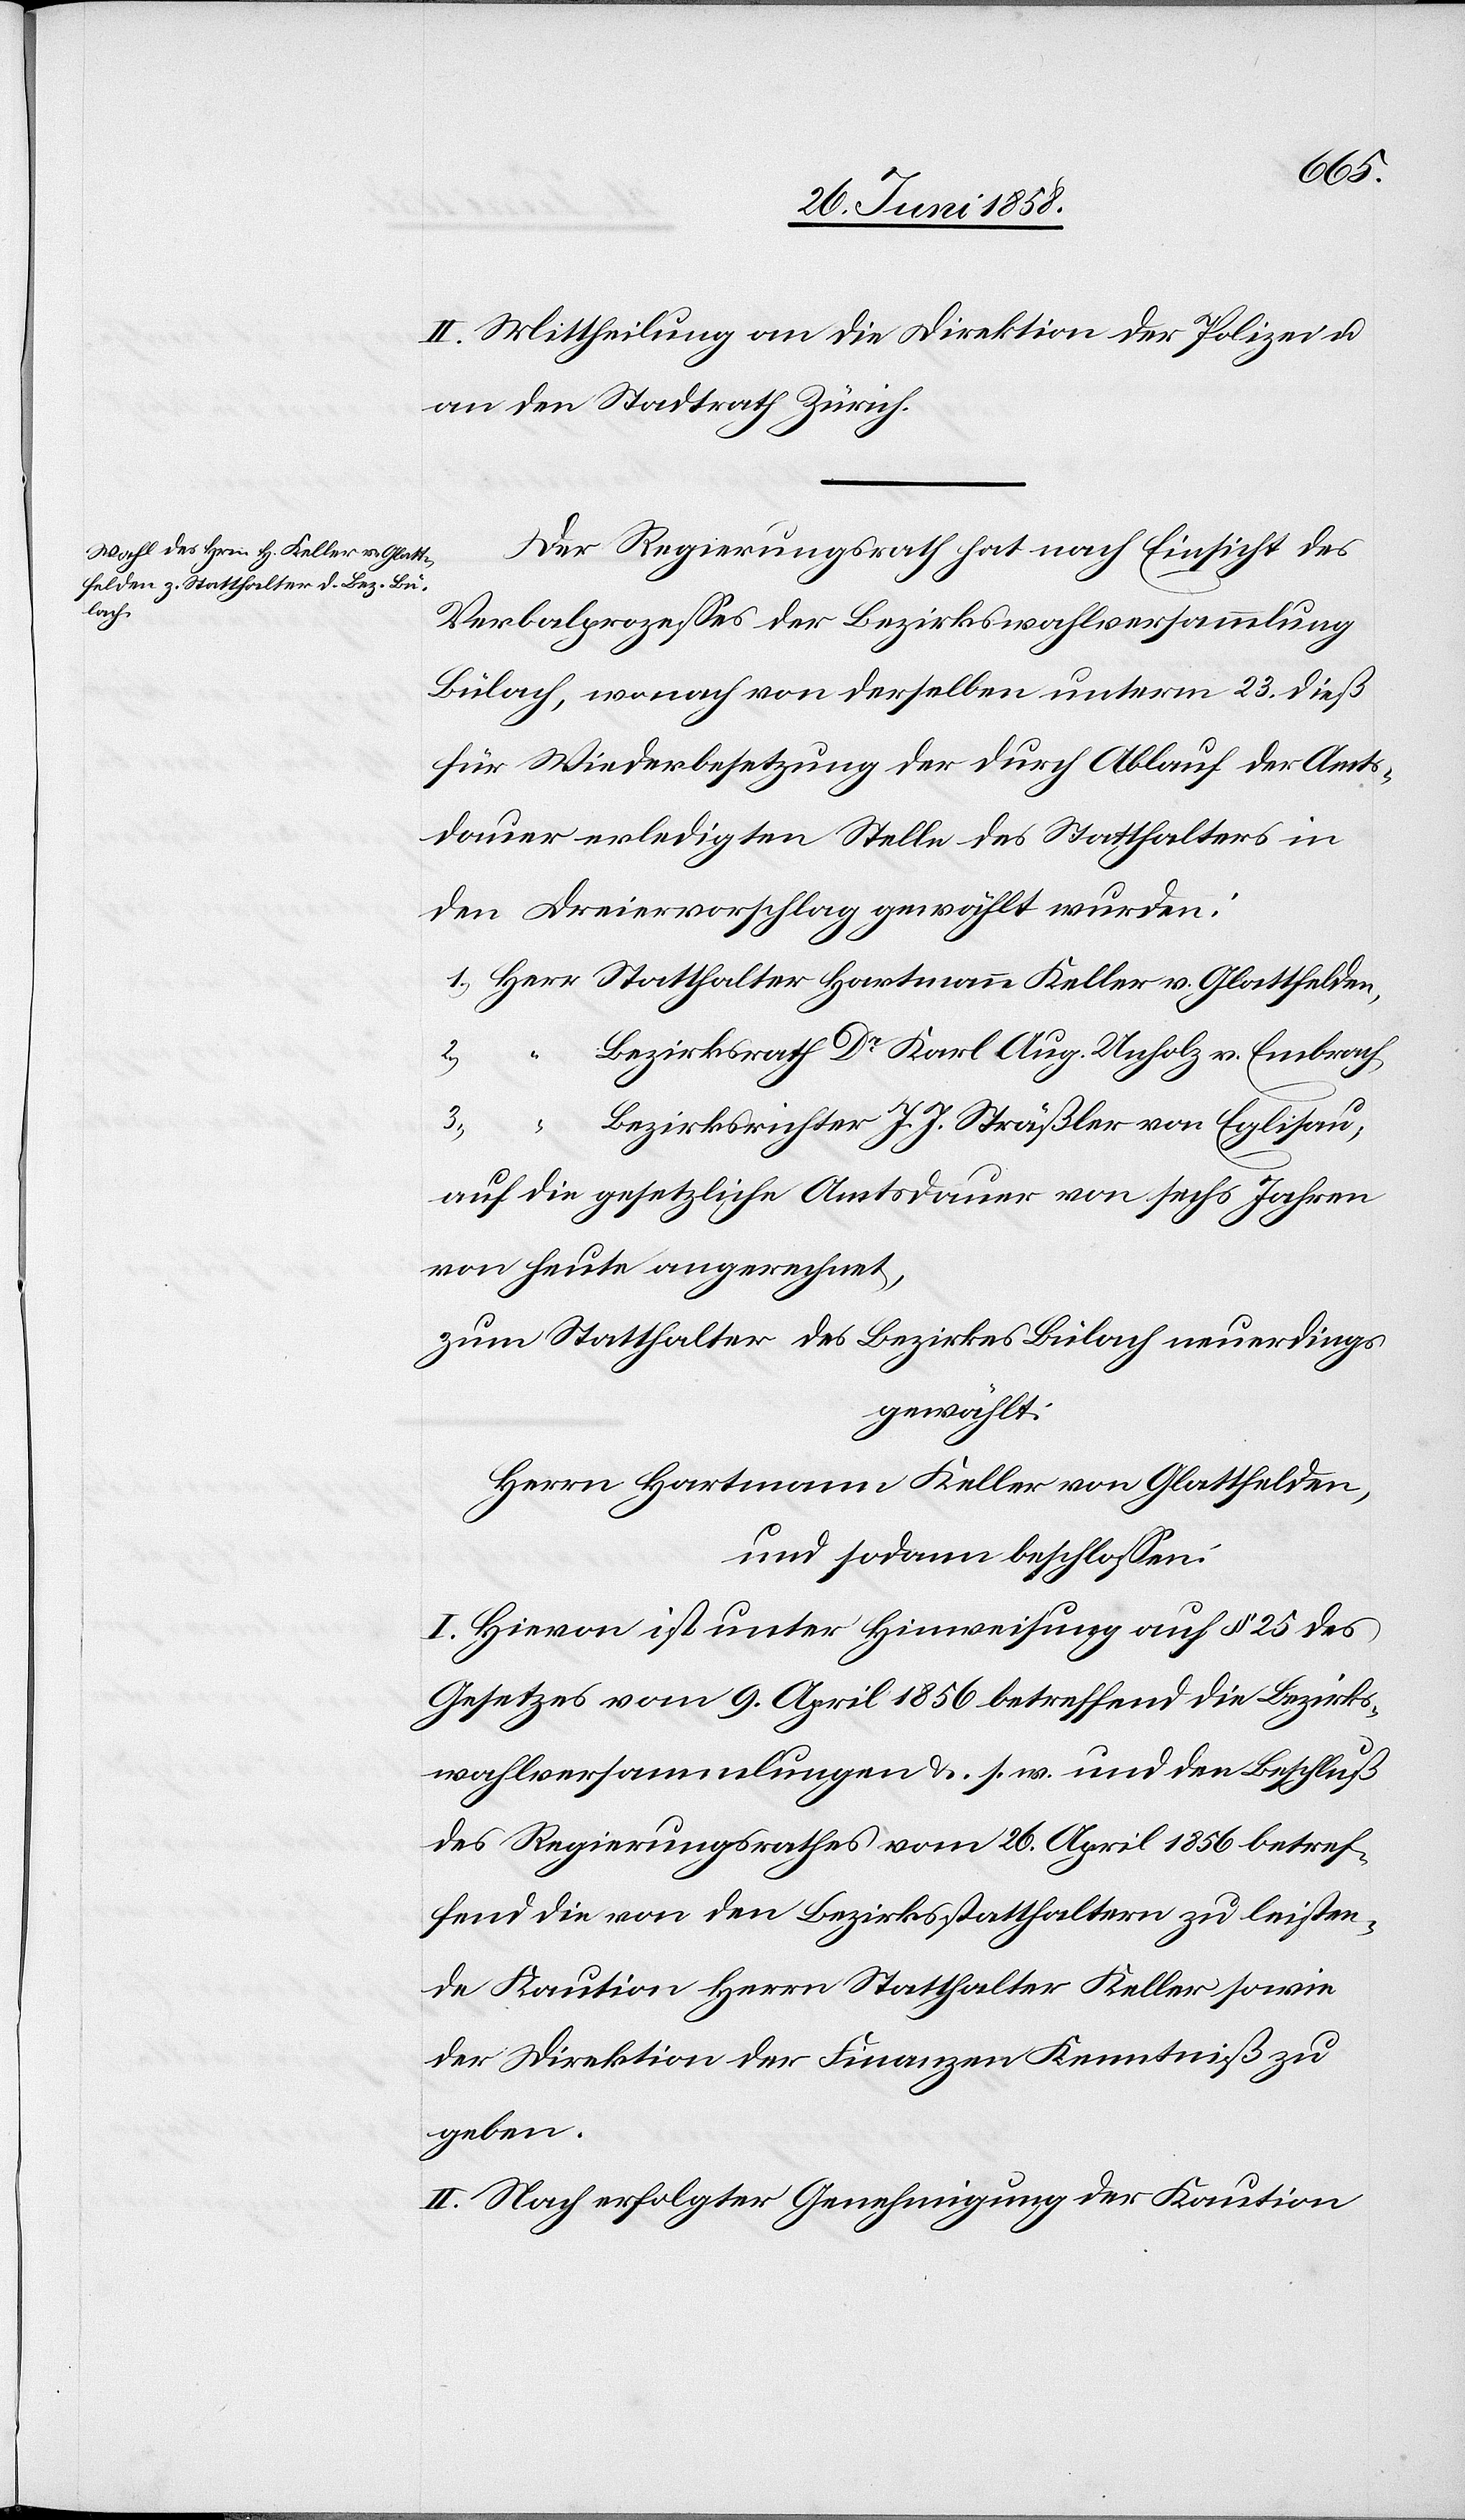
II. Mittheilung an die Direktion der Polizei u.
an den Stadtrath Zürich.
Der Regierungsrath hat nach Einsicht des
Verbalprozesses der Bezirkswahlversammlung
Bülach, wonach von derselben unterm 23. dieß
für Wiederbesetzung der durch Ablauf der Amts¬
dauer erledigten Stelle des Statthalters in
den Dreiervorschlag gewählt wurden:
“
1.) Herr Statthalter Hartmann Keller v. Glattfelden,
Bezirksrath Dr Karl Aug. Unholz v. Embrach,
2.)
3.)
Bezirksrichter J. J. Sträßler von Eglisau;
auf die gesetzliche Amtsdauer von sechs Jahren
von heute angerechnet,
zum Statthalter des Bezirkes Bülach neuerdings
gewählt:
Herrn Hartmann Keller von Glattfelden,
und sodann beschlossen:
I. Hievon ist unter Hinweisung auf § 25 des
Gesetzes vom 9. April 1856 betreffend die Bezirks¬
wahlversammlungen &. s. w. und den Beschluß
des Regierungsrathes vom 26. April 1856 betref¬
fend die von den Bezirksstatthaltern zu leisten¬
de Kaution Herrn Statthalter Keller sowie
der Direktion der Finanzen Kenntniß zu
geben.
II. Nach erfolgter Genehmigung der Kaution